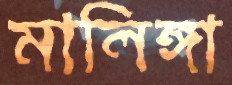
মালিঙ্গা